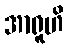
အာရူဟိ